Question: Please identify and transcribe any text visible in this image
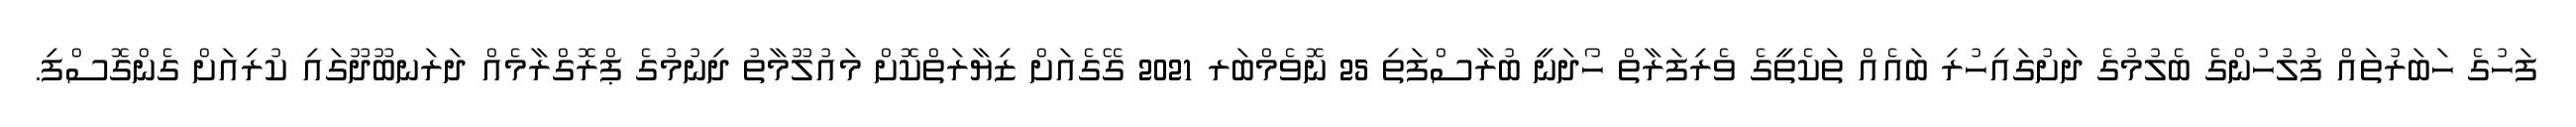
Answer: ފަހުގެ ހަބަރުތައް ފުލުހުންގެ ބެލުމުގެ ދަށުގައިހުރި ބައެއް ތަކެތީގެ ވެރިފަރާތް ހޯދަނީ ބުރާސްފަތި 25 ނޮވެމްބަރ 2021 ގޭގެއަށް ޒިޔާރަތްކޮށް މައުލޫމާތު ދިނުމުގެ ޕްރޮގްރާމެއް ދަރަނބޫދޫގައި ކުރިއަށް ގެންގޮސްފި.